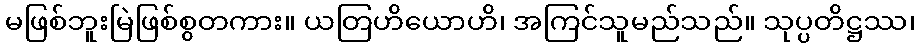
မဖြစ်ဘူးမြဲဖြစ်စွတကား။ ယတြဟိယောဟိ၊ အကြင်သူမည်သည်။ သုပ္ပတိဋ္ဌဿ၊